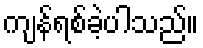
ကျန်ရစ်ခဲ့ပါသည်။